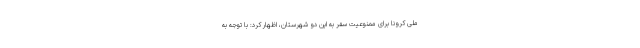
ملی کرونا برای ممنوعیت سفر به این دو شهرستان، اظهار کرد: با توجه به